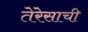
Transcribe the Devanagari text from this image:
तेरेसाची